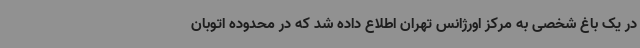
در یک باغ شخصی به مرکز اورژانس تهران اطلاع داده شد که در محدوده اتوبان